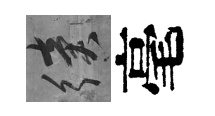
續毫